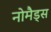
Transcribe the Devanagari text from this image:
नोमैड्स